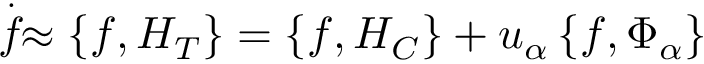
\stackrel { . } { f } \approx \left\{ f , H _ { T } \right\} = \left\{ f , H _ { C } \right\} + u _ { \alpha } \left\{ f , \Phi _ { \alpha } \right\}